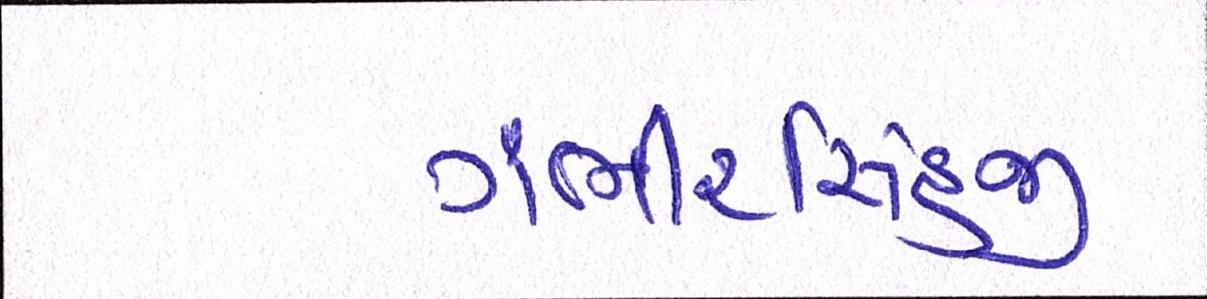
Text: ગંભીરસિંહજી